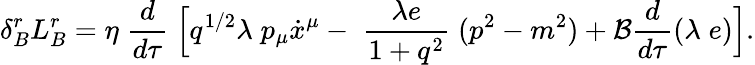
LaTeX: \delta_{B}^{r}L_{B}^{r}=\eta\; \frac{d}{d\tau}\; \Bigl[q^{1/2}\lambda\; p_{\mu}\dot{x}^{\mu}-\; \frac{\lambda e}{1+q^{2}}\; (p^{2}-m^{2})+{\cal B}\frac{d}{d\tau}(\lambda\; e)\Bigr].